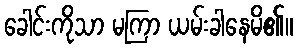
ခေါင်းကိုသာ မကြာ ယမ်းခါနေမိ၏။